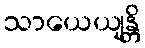
သာယေယျန္တိ